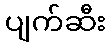
ပျက်ဆီး